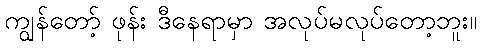
ကျွန်တော့် ဖုန်း ဒီနေရာမှာ အလုပ်မလုပ်တော့ဘူး။